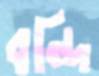
বন্দি